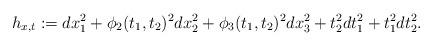
LaTeX: \begin{align*}h_{x,t} := d x_1^2 + \phi_2(t_1,t_2)^2 d x_2^2 + \phi_3 (t_1, t_2)^2 d x_3^2 + t_2^2 d t_1^2 + t_1^2 d t_2^2.\end{align*}